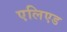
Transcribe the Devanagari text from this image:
एलिएड